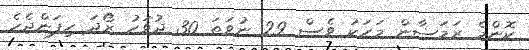
ކޮންމެ ރަމަޟާން މަހަކު ވެސް 29 ނުވަތަ 30 ދުވަހު ރޯދަ ހިފަންޖެހެ